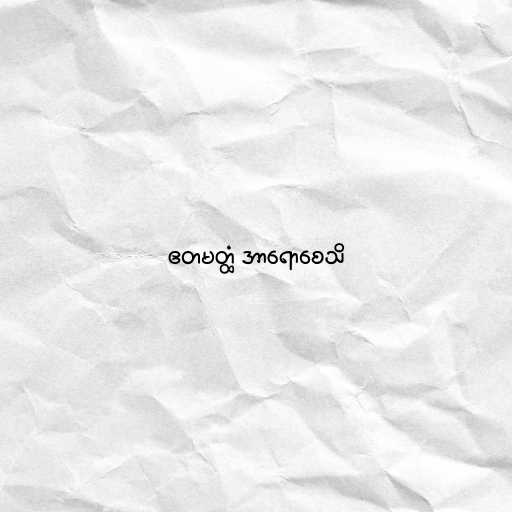
ဧတမတ္ထံ အာရောစေသိ